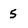
Character: 5